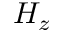
H _ { z }